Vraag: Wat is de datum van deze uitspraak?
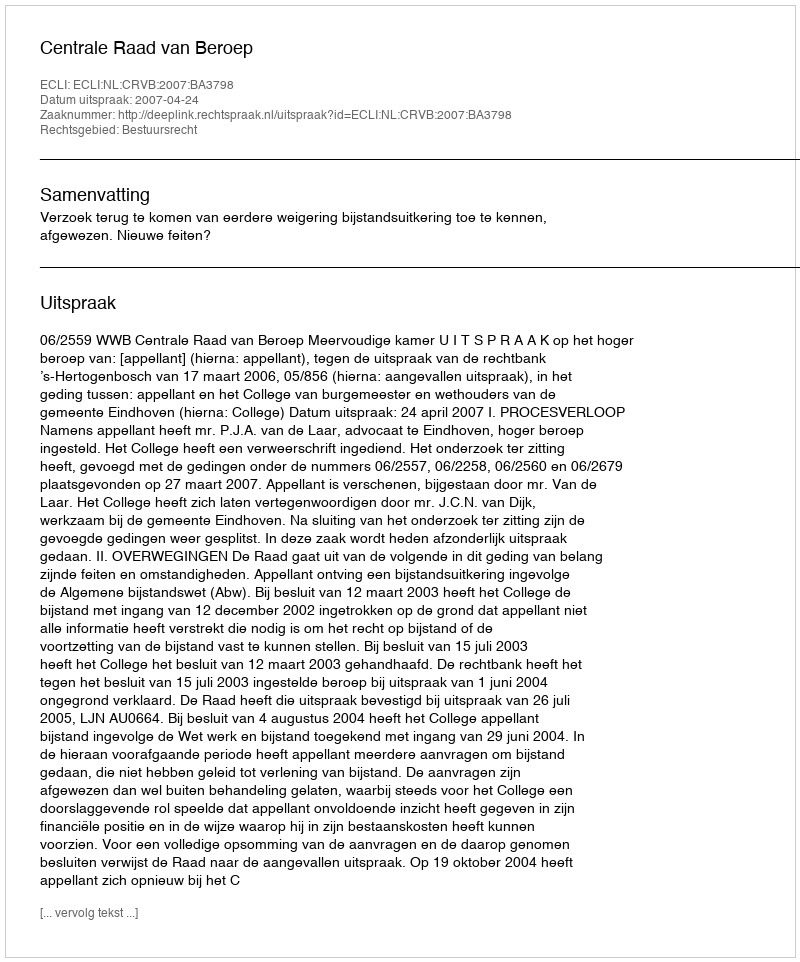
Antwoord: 2007-04-24